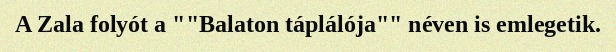
A Zala folyót a ""Balaton táplálója"" néven is emlegetik.